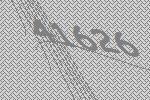
41626